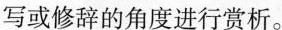
写或修辞的角度进行赏析。